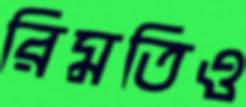
রিমতিও